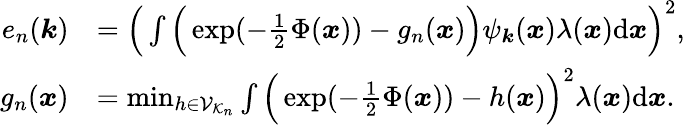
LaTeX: \begin{array}{rl}{e_{n}({\boldsymbol k})}&{=\Big(\int\Big(\exp(-{\textstyle\frac 12}\Phi({\boldsymbol x}))-g_{n}({\boldsymbol x})\Big)\psi_{\boldsymbol k}({\boldsymbol x})\lambda({\boldsymbol x})\mathrm{d}{\boldsymbol x}\Big)^{2},}\\ {g_{n}({\boldsymbol x})}&{=\operatorname*{min}_{h\in\mathcal{V}_{\mathcal{K}_{n}}}\int\Big(\exp(-{\textstyle\frac 12}\Phi({\boldsymbol x}))-h({\boldsymbol x})\Big)^{2}\lambda({\boldsymbol x})\mathrm{d}{\boldsymbol x}.}\end{array}